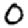
Digit: 0